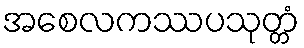
အစေလကဿပသုတ္တံ